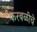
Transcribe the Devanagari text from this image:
करबळीचे